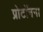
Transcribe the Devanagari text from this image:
प्रोटॉनना